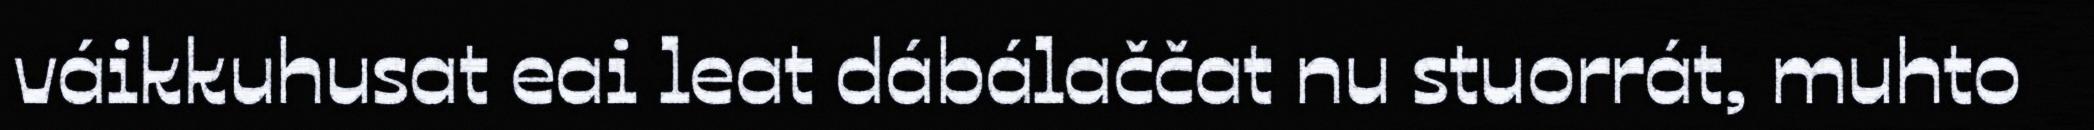
váikkuhusat eai leat dábálaččat nu stuorrát, muhto